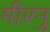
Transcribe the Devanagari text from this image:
मीरनु